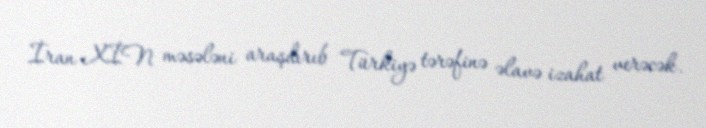
İran XİN məsələni araşdırıb Türkiyə tərəfinə əlavə izahat verəcək.